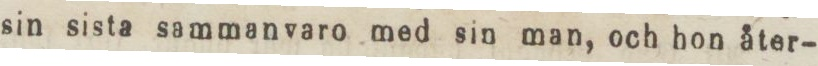
sin sista sammanvaro med sin man, och hon åter-